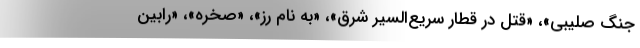
جنگ صلیبی»، «قتل در قطار سریع‌السیر شرق»، «به نام رز»، «صخره»، «رابین